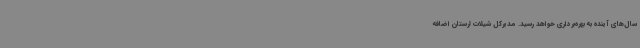
سال‌های آینده به بهره‌برداری خواهد رسید. مدیرکل شیلات لرستان اضافه